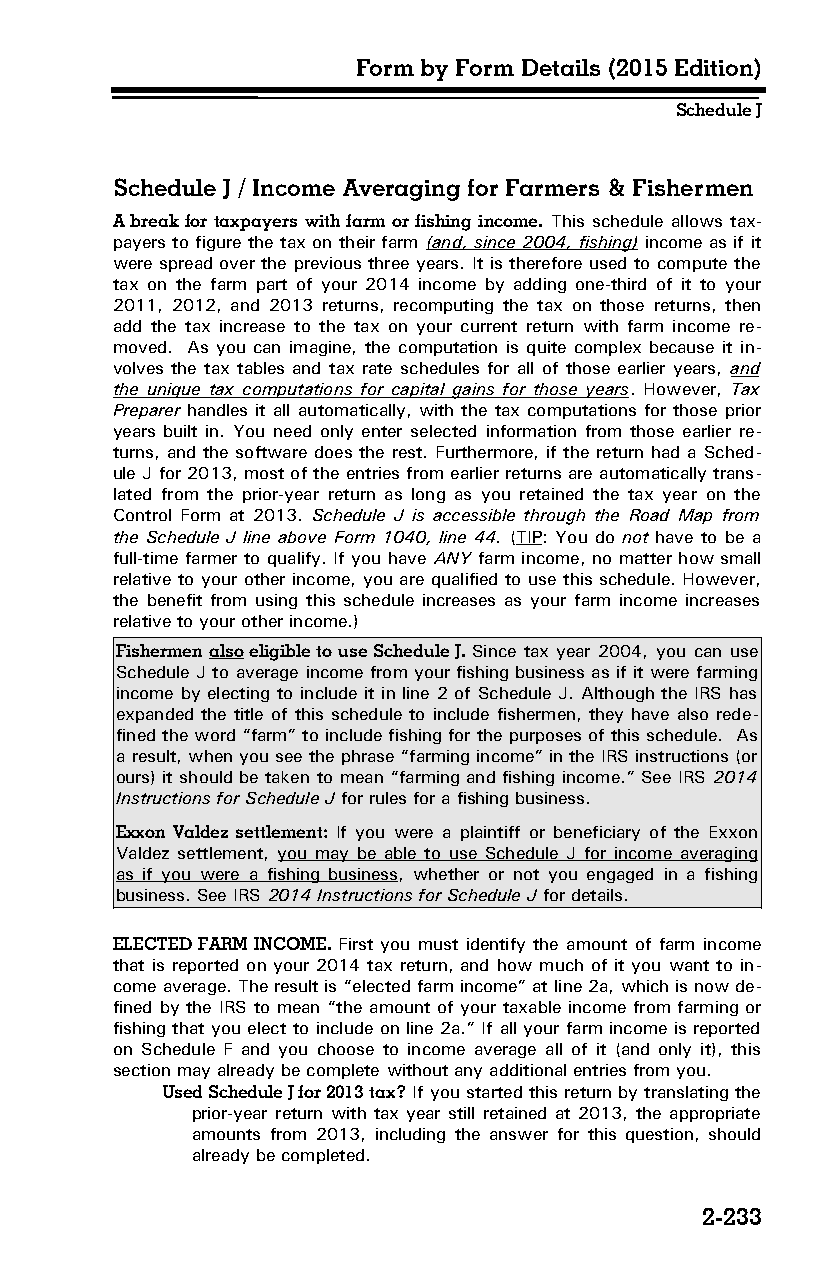
Form by Form Details (2015 Edition)
 Schedule J
 Schedule J / Income Averaging for Farmers & Fishermen
 A break for taxpayers with farm or fishing income. This schedule allows tax­
 payers to figure the tax on their farm (and, since 2004, fishing) income as if it
 were spread over the previous three years. It is therefore used to compute the
 tax on the farm part of your 2014 income by adding one-third of it to your
 2011, 2012, and 2013 returns, recomputing the tax on those returns, then
 add the tax increase to the tax on your current return with farm income re­
 moved. As you can imagine, the computation is quite complex because it in­
 volves the tax tables and tax rate schedules for all of those earlier years, and
 the unique tax computations for capital gains for those years. However, Tax
 Preparer handles it all automatically, with the tax computations for those prior
 years built in. You need only enter selected information from those earlier re­
 turns, and the software does the rest. Furthermore, if the return had a Sched­
 ule J for 2013, most of the entries from earlier returns are automatically trans­
 lated from the prior-year return as long as you retained the tax year on the
 Control Form at 2013. Schedule J is accessible through the Road Map from
 the Schedule J line above Form 1040, line 44. (TIP: You do not have to be a
 full-time farmer to qualify. If you have ANY farm income, no matter how small
 relative to your other income, you are qualified to use this schedule. However,
 the benefit from using this schedule increases as your farm income increases
 relative to your other income.)
 Fishermen also eligible to use Schedule J. Since tax year 2004, you can use
 Schedule J to average income from your fishing business as if it were farming
 income by electing to include it in line 2 of Schedule J. Although the IRS has
 expanded the title of this schedule to include fishermen, they have also rede­
 fined the word “farm” to include fishing for the purposes of this schedule. As
 a result, when you see the phrase “farming income” in the IRS instructions (or
 ours) it should be taken to mean “farming and fishing income.” See IRS 2014
 Instructions for Schedule J for rules for a fishing business.
 Exxon Valdez settlement: If you were a plaintiff or beneficiary of the Exxon
 Valdez settlement, you may be able to use Schedule J for income averaging
 as if you were a fishing business, whether or not you engaged in a fishing
 business. See IRS 2014 Instructions for Schedule J for details.
 ELECTED FARM INCOME. First you must identify the amount of farm income
 that is reported on your 2014 tax return, and how much of it you want to in­
 come average. The result is “elected farm income” at line 2a, which is now de­
 fined by the IRS to mean “the amount of your taxable income from farming or
 fishing that you elect to include on line 2a.” If all your farm income is reported
 on Schedule F and you choose to income average all of it (and only it), this
 section may already be complete without any additional entries from you.
 Used Schedule J for 2013 tax? If you started this return by translating the
 prior-year return with tax year still retained at 2013, the appropriate
 amounts from 2013, including the answer for this question, should
 already be completed.
 2-233